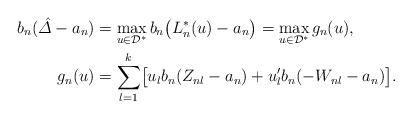
\begin{align*}b_n (\hat{\varDelta} -a_n ) &= \max_{u \in\mathcal{D}^{*} }b_n \bigl(L_n^{*} (u) -a_n\bigr) = \max_{u \in\mathcal{D}^{*} } g_n (u) ,\\g_n (u) &= \sum_{l=1}^k\bigl[u_l b_n (Z_{nl} -a_n ) +u'_l b_n (-W_{nl}-a_n ) \bigr] .\end{align*}